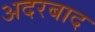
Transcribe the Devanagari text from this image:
अदरबाद